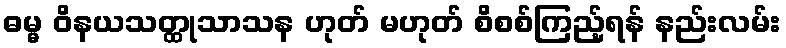
ဓမ္မ ဝိနယသတ္ထုသာသန ဟုတ် မဟုတ် စိစစ်ကြည့်ရန် နည်းလမ်း